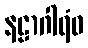
နဠာဂါရံဝ